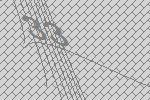
33